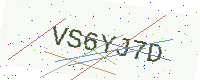
Text: VS6YJ7D